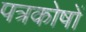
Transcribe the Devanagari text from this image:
पत्रकोषों